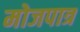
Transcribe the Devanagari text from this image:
मोजपात्र